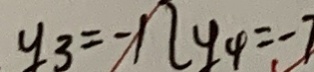
y _ { 3 } = - 1 2 y _ { 4 } = - 7